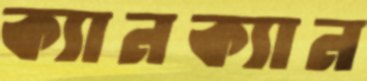
ক্যানক্যান